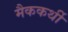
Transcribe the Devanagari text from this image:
मैककर्थी